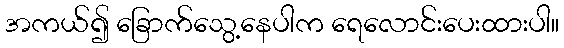
အကယ်၍ ခြောက်သွေ့နေပါက ရေလောင်းပေးထားပါ။